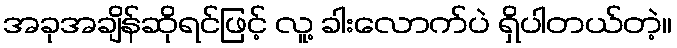
အခုအချိန်ဆိုရင်ဖြင့် လူ့ ခါးလောက်ပဲ ရှိပါတယ်တဲ့။